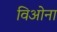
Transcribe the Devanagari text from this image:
विओना